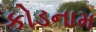
કોડનામ